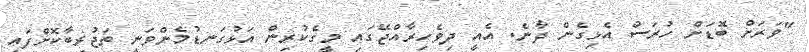
"ވަރަށް ބޮޑަށް ހުރަސް އެޅިގެން ދާނެ. އެއީ ދިވެހިރާއްޖޭގައި މީގެކުރިން އަޅުގަނޑުމެންވަނީ ތަޖުރިބާކޮށްފައި